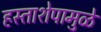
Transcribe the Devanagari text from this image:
हस्ताशेपामुळे